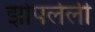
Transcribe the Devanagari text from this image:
झोपलेली